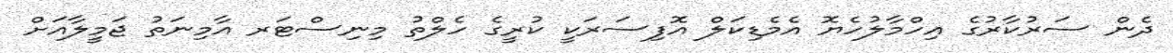
ދެން ސަރުކާރުގެ އިހްމާލުހެޔޮ އެމެޑިކަލް އޮފިސަރަކީ ކުރީގެ ހެލްތު މިނިސްޓަރ އާމިނަތު ޖަމީލާއަށް